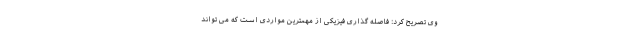
وی تصریح کرد: فاصله گذاری فیزیکی از مهمترین مواردی است که می تواند